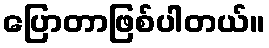
ပြောတာဖြစ်ပါတယ်။